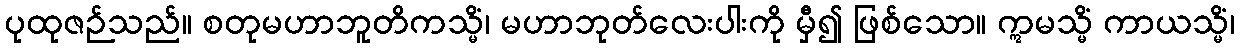
ပုထုဇဉ်သည်။ စတုမဟာဘူတိကသ္မိံ၊ မဟာဘုတ်လေးပါးကို မှီ၍ ဖြစ်သော။ ဣမသ္မိံ ကာယသ္မိံ၊